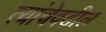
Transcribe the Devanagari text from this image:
त्यांचेवडील